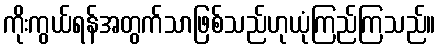
ကိုးကွယ်ရန်အတွက်သာဖြစ်သည်ဟုယုံကြည်ကြသည်။